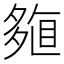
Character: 𡖽